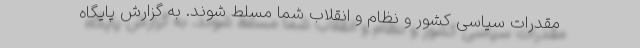
مقدرات سیاسی کشور و نظام و انقلاب شما مسلط شوند. به گزارش پایگاه